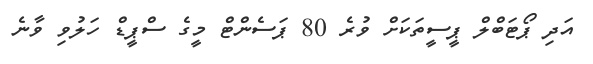
އަދި ޕޯޓަބްލް ޕީސީތަކަށް ވުރެ 80 ޕަސެންޓް މީގެ ސްޕީޑް ހަލުވި ވާނެ